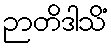
ဉာတိဒါသိံ